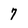
Character: 7